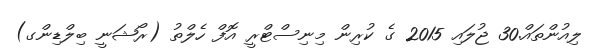
ލިއުންތައް.30 ޖުލައި 2015 ގެ ކުރިން މިނިސްޓްރީ އޮފް ހެލްތު (ރޯޝަނީ ބިލްޑިންގ)